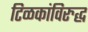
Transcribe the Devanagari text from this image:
टिळकांविरुद्ध